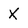
Character: X